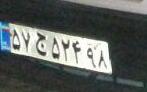
۵۷ج۵۲۴۹۸